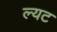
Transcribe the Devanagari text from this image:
ल्यट